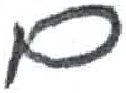
אות: ם